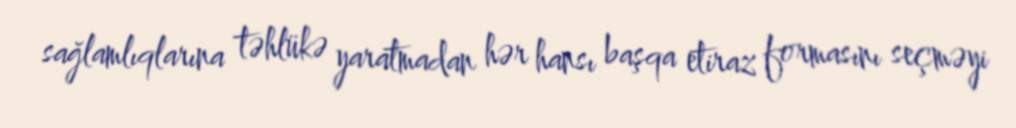
sağlamlıqlarına təhlükə yaratmadan hər hansı başqa etiraz formasını seçməyi